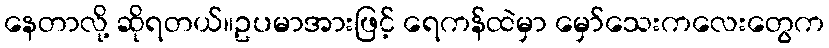
နေတာလို့ ဆိုရတယ်။ဥပမာအားဖြင့် ရေကန်ထဲမှာ မှော်သေးကလေးတွေက